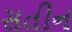
સતીન